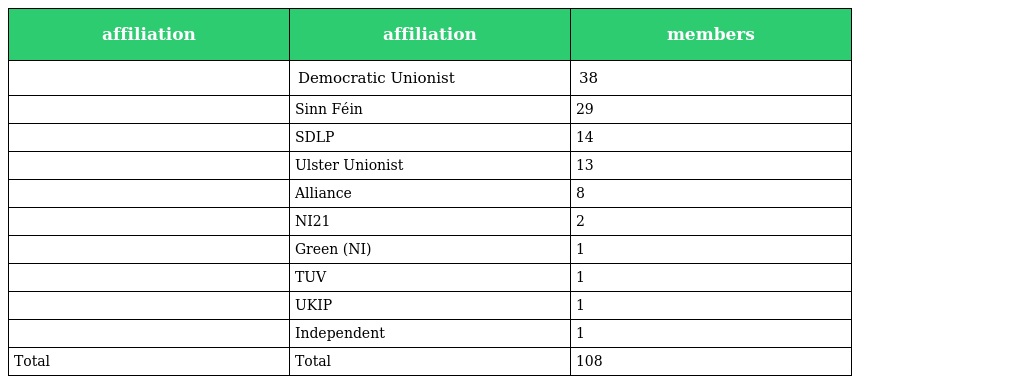
| affiliation | affiliation | members |
 | --- | --- | --- |
 |  | Democratic Unionist | 38 |
 |  | Sinn Féin | 29 |
 |  | SDLP | 14 |
 |  | Ulster Unionist | 13 |
 |  | Alliance | 8 |
 |  | NI21 | 2 |
 |  | Green (NI) | 1 |
 |  | TUV | 1 |
 |  | UKIP | 1 |
 |  | Independent | 1 |
 | Total | Total | 108 |